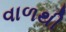
વાળથી